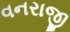
વનરાજી